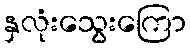
နှလုံးသွေးကြော